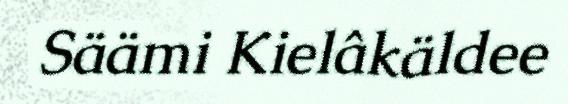
Säämi Kielâkäldee